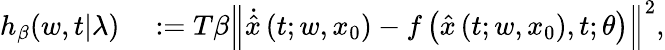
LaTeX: \begin{array}{rl}{h_{\beta}(w,t|\lambda)}&{{}:=T\beta\left\Vert\dot{\hat{x}}\left(t;w,x_{0}\right)-f\left(\hat{x}\left(t;w,x_{0}\right),t;\theta\right)\right\Vert^{2},}\end{array}